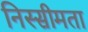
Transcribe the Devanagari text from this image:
निस्सीमता